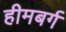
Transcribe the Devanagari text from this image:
हीमबर्ग